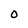
Character: 0